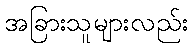
အခြားသူများလည်း